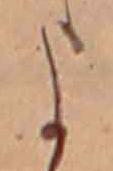
よ